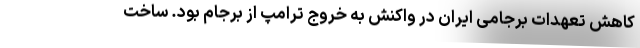
کاهش تعهدات برجامی ایران در واکنش به خروج ترامپ از برجام بود. ساخت